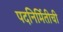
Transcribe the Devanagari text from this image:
पदनिर्मितीची